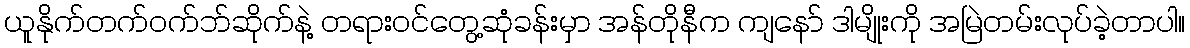
ယူနိုက်တက်ဝက်ဘ်ဆိုက်နဲ့ တရားဝင်တွေ့ဆုံခန်းမှာ အန်တိုနီက ကျနော် ဒါမျိုးကို အမြဲတမ်းလုပ်ခဲ့တာပါ။